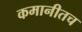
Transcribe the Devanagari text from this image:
कमानीतच